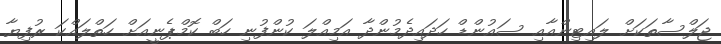
ޖަލްސާތަކަށް ލައިޓިންއާއި ސައުންޑް ހަދައިދެމުންދާ އަމިއްލަ ކުންފުނި ހަބް ކޮމްޕެނީއަށް ހަތްލައްކަ ރުފިޔާ